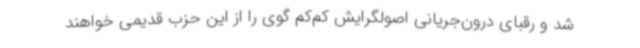
شد و رقبای درون‌جریانی اصولگرایش کم‌کم گوی را از این حزب قدیمی خواهند